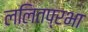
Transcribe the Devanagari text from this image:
ललितप्रभा